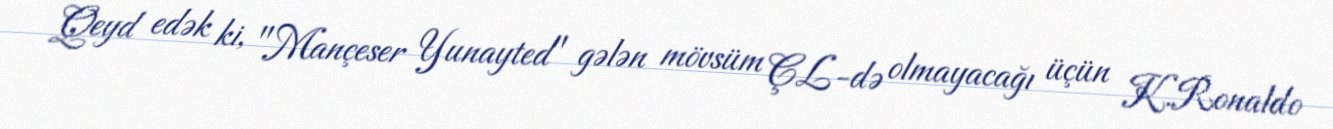
Qeyd edək ki, "Mançeser Yunayted" gələn mövsüm ÇL-də olmayacağı üçün K.Ronaldo